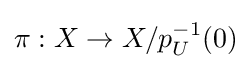
\pi :X\to X/p_{U}^{-1}(0)